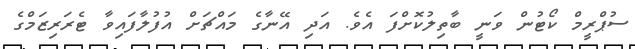
ސުޕްރީމް ކޯޓުން ވަނީ ބާތިލުކޮށްފަ އެެވެ. އަދި އޭނާގެ މައްޗަށް އުފުލާފައިވާ ޓެރަރިޒަމްގެ